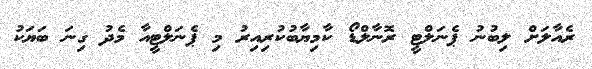
ރެއާލަށް ލިބުނު ޕެނަލްޓީ ރޮނާލްޑޯ ކާމިޔާބުކުރިއިރު މި ޕެނަލްޓީއާ މެދު ގިނަ ބަޔަކު